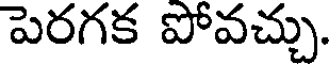
పెరగక పోవచ్చు.